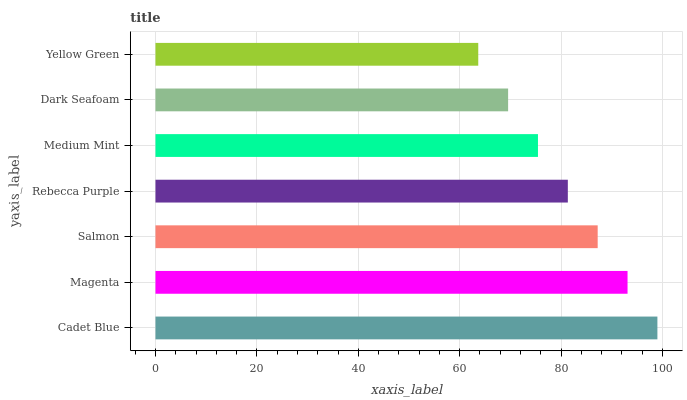
| yaxis_label | bars |
 | --- | --- |
 | Cadet Blue | 99 |
 | Magenta | 93.1 |
 | Salmon | 87.2 |
 | Rebecca Purple | 81.3 |
 | Medium Mint | 75.4 |
 | Dark Seafoam | 69.6 |
 | Yellow Green | 63.7 |